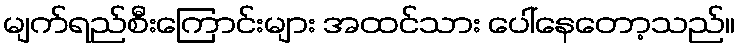
မျက်ရည်စီးကြောင်းများ အထင်သား ပေါ်နေတော့သည်။